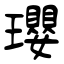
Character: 瓔